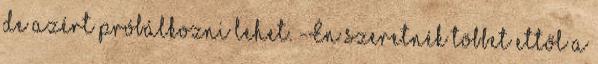
de azért próbálkozni lehet. -Én szeretnék többet ettől a